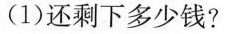
(1)还剩下多少钱?